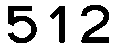
512